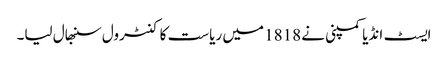
ایسٹ انڈیا کمپنی نے 1818 میں ریاست کا کنٹرول سنبھال لیا۔